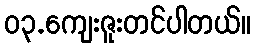
၀၃.ကျေးဇူးတင်ပါတယ်။